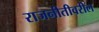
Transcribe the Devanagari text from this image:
राजनीतीवरील